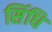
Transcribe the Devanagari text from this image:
सिंधि